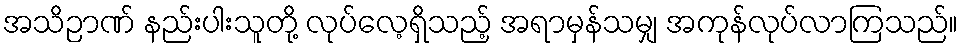
အသိဉာဏ် နည်းပါးသူတို့ လုပ်လေ့ရှိသည့် အရာမှန်သမျှ အကုန်လုပ်လာကြသည်။